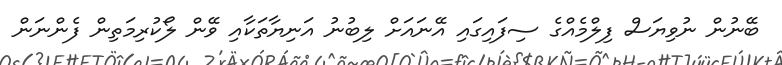
ބޭނުން ނުވިޔަސް ފިލްމެއްގެ ސިފައިގައި އޭނައަށް ލިބުނު އަނިޔާތަކާއި ވޭން ލޯކުރިމަތިން ފެންނަން